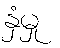
နှံမှု